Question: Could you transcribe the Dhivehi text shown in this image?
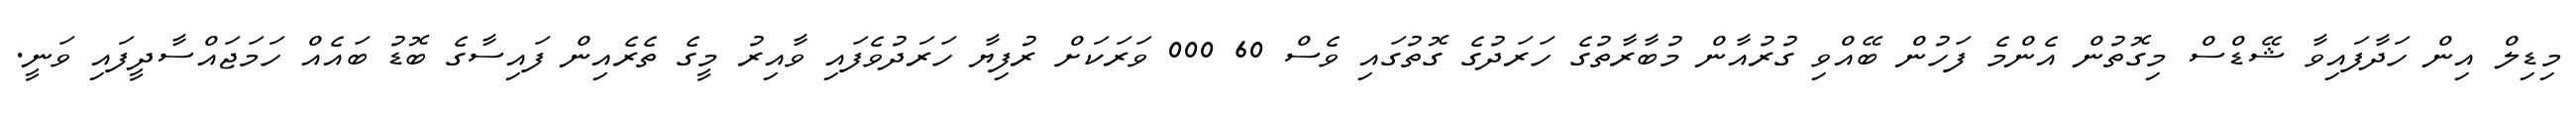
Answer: މިޑިލް އިން ހަދާފައިވާ ޝޭޑްސް މިގޮތުން އެންމެ ފަހުން ބޭއްވި ގުރުއާން މުބާރާތުގެ ހަރަދުގެ ގޮތުގައި ވެސް 60 000 ވަރަކަށް ރުފިޔާ ހަރަދުވެފައި ވާއިރު މީގެ ތެރެއިން ފައިސާގެ ބޮޑު ބައެއް ހަމަޖައްސާދީފައި ވަނީ.